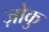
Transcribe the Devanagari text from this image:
ज़ोकु